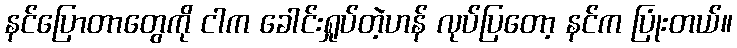
နင်ပြောတာတွေကို ငါက ခေါင်းရှုပ်တဲ့ဟန် လုပ်ပြတော့ နင်က ပြုံးတယ်။